Leaving Certificate Examination, 1902
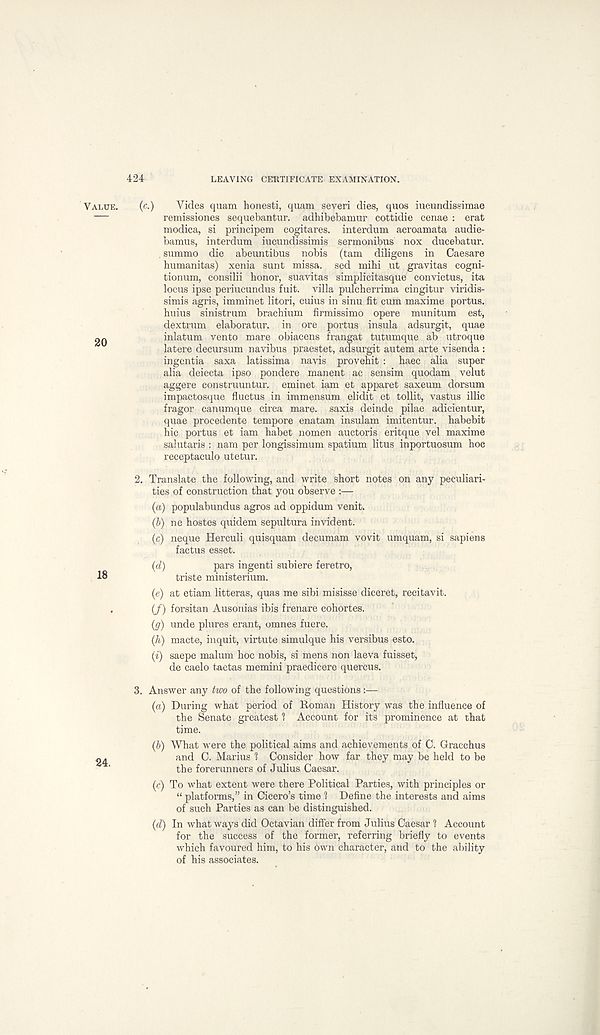
424
LEAVING CERTIFICATE EXAMINATION.
(c.)
Yides quam honesti, quam severi dies, quos iueundissimae
remissiones sequebantur. adhibebamur cottidie cenae : erat
modica, si principem cogitares. interdum acroamata audie-
bamus, interdum iucundissimis sermonibus nox ducebatur.
summo die abeuntibus nobis (tam diligens in Caesare
humanitas) xenia sunt missa. sed mihi ut gravitas cogni-
tionum, consilii honor, suavitas simplicitasque convictus, ita
locus ipse periueundus fuit. villa pulcherrima cingitur viridis-
simis agris, imminet litori, cuius in sinu fit cum maxime portus.
huius sinistrum brachium firmissimo opere munitum est,
dextrum elaboratur. in ore portus insula adsurgit, quae
inlatum vento mare obiacens frangat tutumque ab utroque
latere decursum navibus praestet, adsurgit autem arte visenda :
ingentia saxa latissima navis provehit : haec alia super
alia deiecta ipso pondere manent ac sensim quodam velut
aggere construuntur. eminet iam et apparet saxeum dorsum
impactosque fluctus in immensum elidit et tollit, vastus illic
fragor canumque circa mare, saxis deinde pilae adicientur,
quae procedente tempore enatam insulam imitentur. babebit
hie portus et iam habet nomen auctoris eritque vel maxime
salutaris : nam per longissimum spatium litus inportuosum hoe
receptaculo utetur.
2. Translate the following, and write short notes on any peculiari-
ties of construction that you observe :— .
(a) populabundus agros ad oppidum venit.
(b) ne hostes quidem sepultura invident.
(c) neque Herculi quisquam decumam vovit umquam, si sapiens
factus esset.
(d)
pars ingenti subiere feretro,
triste ministerium.
(e) at etiam litteras, quas me sibi misisse diceret, recitavit.
(/) forsitan Ausonias ibis frenare cohortes.
(</) unde plures erant, omnes fuere.
(h) macte, inquit, virtute simulque his versibus esto.
(i) saepe malum hoc nobis, si mens non laeva fuisset,
de caelo tactas memini praedicere quercus.
3. Answer any two of the following questions :—
(a) During what period of Roman History was the influence of
the Senate greatest 1 Account for its prominence at that
time.
(b) What were the political aims and achievements of C. Gracchus
and C. Marius 1 Consider how far they may be held to be
the forerunners of Julius Caesar.
(c) To what extent were there Political Parties, with principles or
“ platforms,” in Cicero’s time 1 Define the interests and aims
of such Parties as can be distinguished.
(d) In what ways did Octavian differ from Julius Caesar ? Account
for the success of the former, referring briefly to events
which favoured him, to his own character, and to the ability
of his associates.